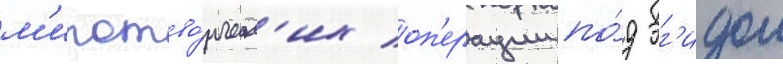
м'иротво́рческ'их оп'ерации по́д эг'идои